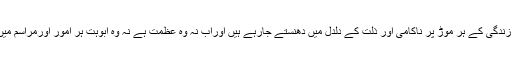
قرآن سے دوری اور اس کی تعلیمات سے نحراف کے سبب ہم زندگی کے ہر موڑ پر ناکامی اور ذلت کے دلدل میں دھنستے جارہے ہیں اوراب نہ وہ عظمت ہے نہ وہ ابوہت ہر امور اورمراسم میں شیطانی عناصر کا سایہ اور غیروںکی چھاپ نظر آرہی ہے !